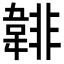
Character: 𩎻